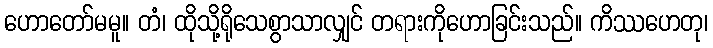
ဟောတော်မမူ။ တံ၊ ထိုသို့ရိုသေစွာသာလျှင် တရားကိုဟောခြင်းသည်။ ကိဿဟေတု၊